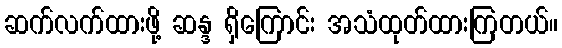
ဆက်လက်ထားဖို့ ဆန္ဒ ရှိကြောင်း အသံထုတ်ထားကြတယ်။